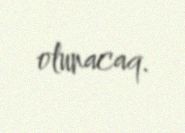
olunacaq.